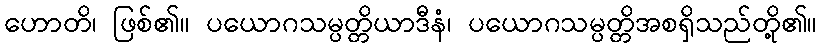
ဟောတိ၊ ဖြစ်၏။ ပယောဂသမ္ပတ္တိယာဒီနံ၊ ပယောဂသမ္ပတ္တိအစရှိသည်တို့၏။